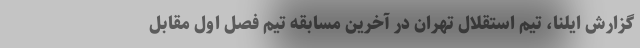
گزارش ایلنا، تیم استقلال تهران در آخرین مسابقه تیم فصل اول مقابل